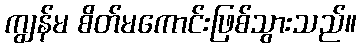
ကျွန်မ စိတ်မကောင်းဖြစ်သွားသည်။